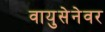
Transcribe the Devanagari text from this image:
वायुसेनेवर